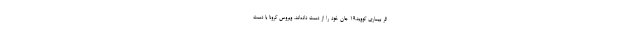
اثر بیماری کووید۱۹ جان خود را از دست داده‌اند. ویروس کرونا با دست